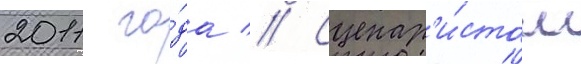
2011 го́да // Сценар'и́стом